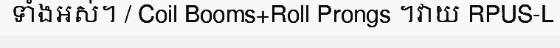
ទាំងអស់។ / Coil Booms+Roll Prongs ។វាយ RPUS-L